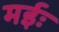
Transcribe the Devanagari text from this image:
मईः